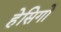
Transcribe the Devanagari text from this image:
हेसिगो